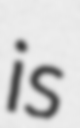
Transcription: is